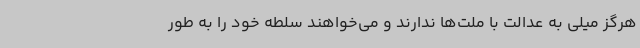
هرگز میلی به عدالت با ملت‌ها ندارند و می‌خواهند سلطه خود را به طور